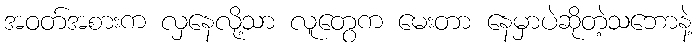
အဝတ်အစားက လှနေလို့သာ လူတွေက မေးတာ နေမှာပဲဆိုတဲ့သဘောနဲ့